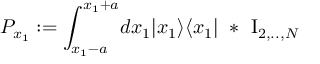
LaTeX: P _ { x _ { 1 } } : = \int _ { x _ { 1 } - a } ^ { x _ { 1 } + a } \! d x _ { 1 } | x _ { 1 } \rangle \langle x _ { 1 } | \ * \ \mathrm { I } _ { 2 , . . , N }